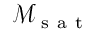
\mathcal { M } _ { \mathrm { ~ s ~ a ~ t ~ } }